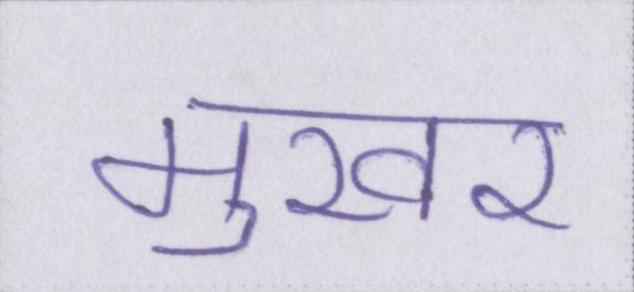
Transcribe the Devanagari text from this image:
मुखर